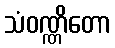
သံဝဏ္ဏိတော